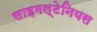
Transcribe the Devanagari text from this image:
साइमल्टेनियस